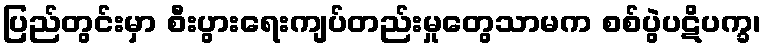
ပြည်တွင်းမှာ စီးပွားရေးကျပ်တည်းမှုတွေသာမက စစ်ပွဲပဋိပက္ခ၊